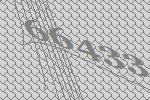
66433